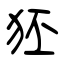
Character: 狉